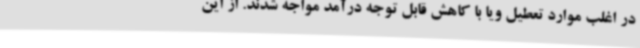
در اغلب موارد تعطیل ویا با کاهش قابل توجه درآمد مواجه شدند. از این